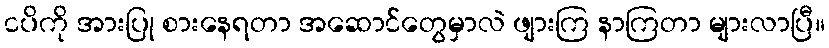
ငပိကို အားပြု စားနေရတာ အဆောင်တွေမှာလဲ ဖျားကြ နာကြတာ များလာပြီ။